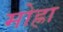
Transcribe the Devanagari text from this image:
मोह्रा